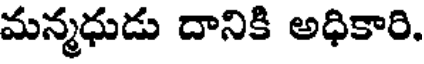
మన్మధుడు దానికి అధికారి.